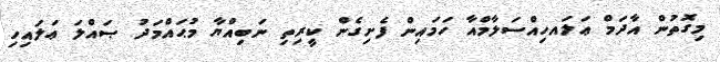
މިގޮތުން އާދަމް ޢަލައހިއްސަލާމްއާ ހަމައިން ފެށިގެން ކީރިތި ނަބިއްޔާ މުޙައްމަދު ޞައްލަ ޢަލައިހި